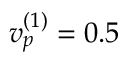
v _ { p } ^ { ( 1 ) } = 0 . 5